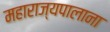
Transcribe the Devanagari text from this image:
महाराज्यपालाना